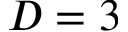
{ D = 3 }